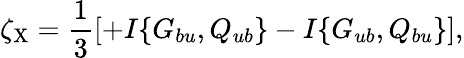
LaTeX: \zeta_{\mathrm{{X}}}=\frac{1}{3}\left[{+I\{ {G_{bu},Q_{ub}}\} -I\{ {G_{ub},Q_{bu}}\} }\right],